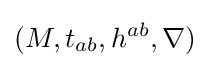
(M,t_{ab},h^{ab},\nabla )